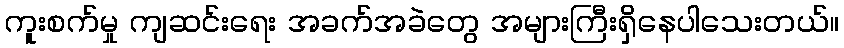
ကူးစက်မှု ကျဆင်းရေး အခက်အခဲတွေ အများကြီးရှိနေပါသေးတယ်။